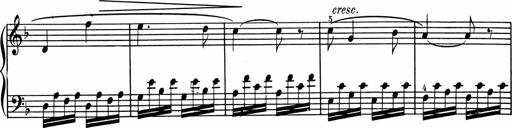
Title: 1Ã¨re Sonatine
Composer: FrÃ©dÃ©ric Binet